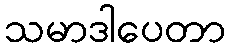
သမာဒါပေတာ